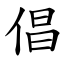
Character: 倡